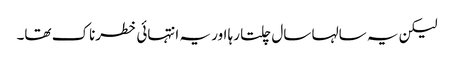
لیکن یہ سالہا سال چلتا رہا اور یہ انتہائی خطرناک تھا۔